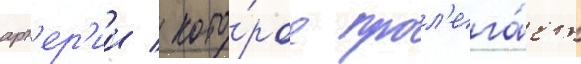
арт'ер'ии / кото́рое прол'ега́ет